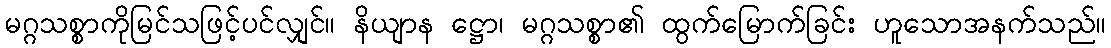
မဂ္ဂသစ္စာကိုမြင်သဖြင့်ပင်လျှင်။ နိယျာန ဋ္ဌော၊ မဂ္ဂသစ္စာ၏ ထွက်မြောက်ခြင်း ဟူသောအနက်သည်။